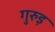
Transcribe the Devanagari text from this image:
गुरुड़